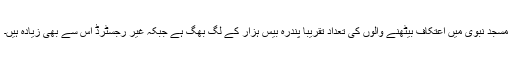
مسجد نبوی میں اعتکاف بیٹھنے والوں کی تعداد تقریباً پندرہ بیس ہزار کے لگ بھگ ہے جبکہ غیر رجسٹرڈ اس سے بھی زیادہ ہیں۔